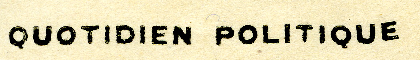
QUOTIDIEN POLITIQUE